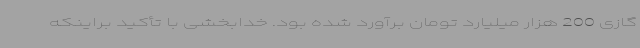
گازی 200 هزار میلیارد تومان برآورد شده بود. خدابخشی با تأکید براینکه